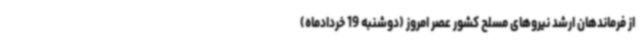
از فرماندهان ارشد نیروهای مسلح کشور عصر امروز (دوشنبه 19 خردادماه)